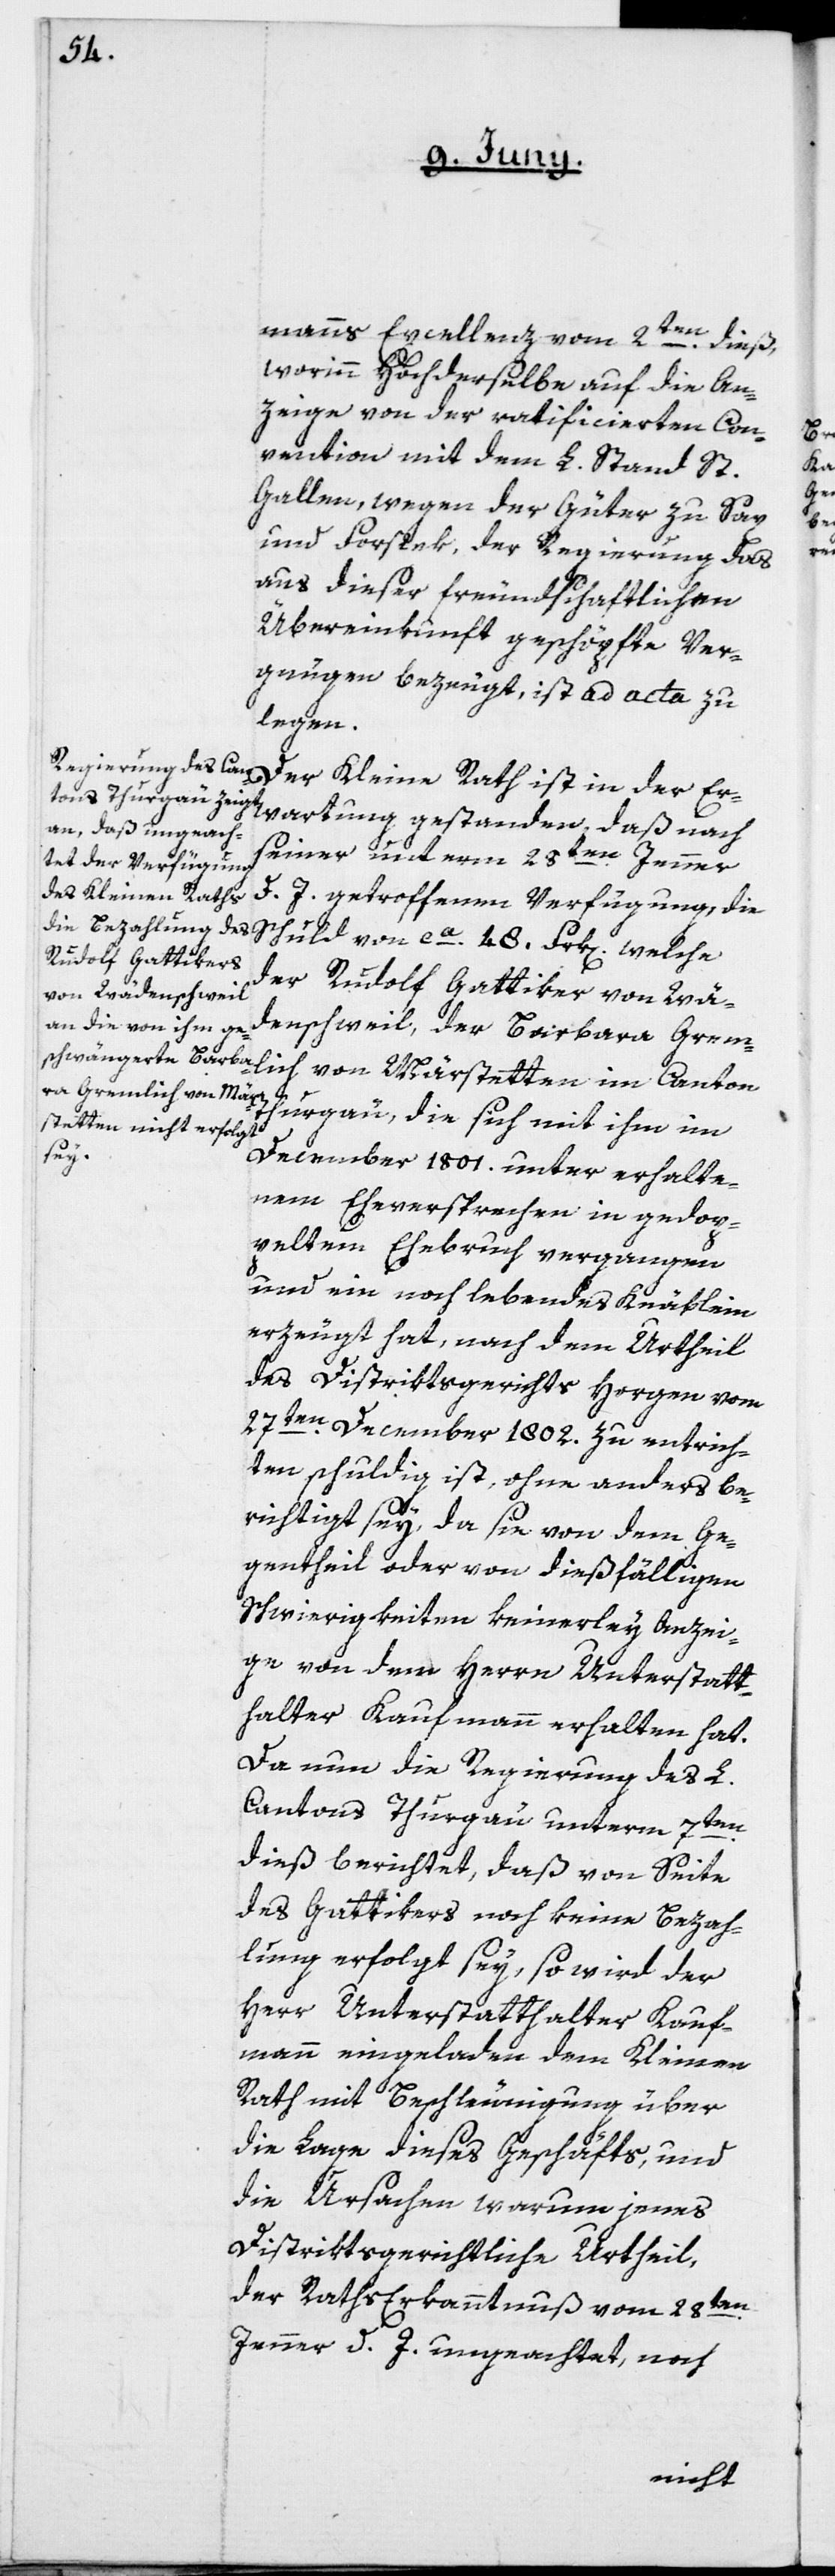
manns Excellenz vom 2ten dieß,
worinn Hochderselbe auf die An¬
zeige von der ratificierten Con¬
vention mit dem L. Stand St.
Gallen, wegen der Güter zu Sax
und Forstek, der Regierung das
aus dieser freundschaftlichen
Übereinkunft geschöpfte Ver¬
gnügen bezeugt, ist ad acta zu
legen.
Der Kleine Rath ist in der Er¬
wartung gestanden, daß nach
seiner unterm 28ten Jenner
d. J. getroffenen Verfügung, die
Schuld von ca. 48. Frk[en]. welche
der Rudolf Gattiker von Wä¬
denschweil, der Barbara Grem¬
Thurgau, die sich mit ihm im
December 1801. unter erhalte¬
nem Eheversprechen in gedop¬
peltem Ehebruch vergangen
und ein noch lebendes Knäblein
erzeugt hat, nach dem Urtheil
des Distriktsgericht Horgen vom
27ten December 1802. zu entrich¬
ten schuldig ist, ohne anders be¬
richtigt sey, da sie von dem Ge¬
gentheil oder von dießfälligen
Schwierigkeiten keinerley Anzei¬
ge von dem Herrn Unterstatt¬
halter Kaufmann erhalten hat.
Da nun die Regierung des L.
Cantons Thurgau unterm 7ten
dieß berichtet, daß von Seite
des Gattikers noch keine Bezah¬
lung erfolgt sey, so wird der
Herr Unterstatthalter Kauf¬
mann eingeladen, dem Kleinen
Rath mit Beschleunigung über
die Lage dieses Geschäfts, und
die Ursachen, warum jenes
Distriktsgerichtliche Urtheil,
der Raths Erkanntnuß vom 28ten
Jenner d. J. ungeachtet, noch
lich